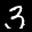
Label: 3